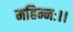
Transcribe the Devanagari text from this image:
महिम्नः।।